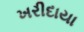
ખરીદાયા